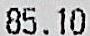
85.10